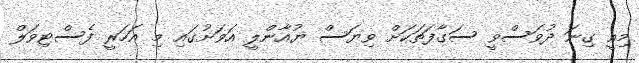
މިއީ ގިނަ ދުވަސްވީ ސަގާފަތަކަށް ވިޔަސް ޔުއާންލީ އަވަށުގައި މި އަހަރީ ފެސްޓިވަލް